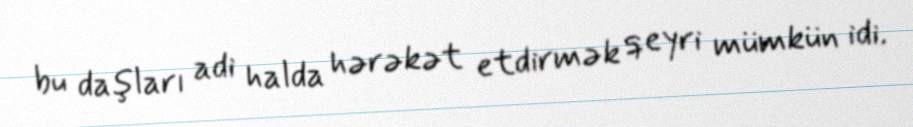
bu daşları adi halda hərəkət etdirmək qeyri mümkün idi.